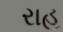
રાહ